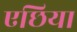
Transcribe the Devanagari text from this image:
एछिया